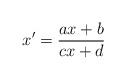
LaTeX: \begin{align*}x'=\frac{ax+b}{cx+d}\end{align*}